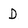
Character: D